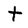
Character: t